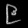
Digit: ၉